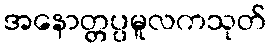
အနောတ္တပ္ပမူလကသုတ်